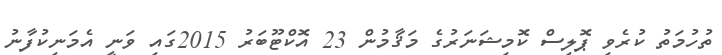
ތުހުމަތު ކުރެވި ޕޮލިސް ކޮމިޝަނަރުގެ މަޤާމުން 23 އޮކްޓޫބަރު 2015ގައި ވަނީ އެމަނިކުފާނު